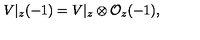
V | _ { z } ( - 1 ) = V | _ { z } \otimes { \cal O } _ { z } ( - 1 ) ,